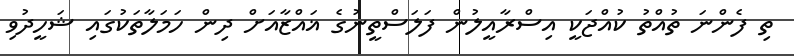
ތި ފެންނަ ތުއްތު ކުއްޖަކީ އިސްރާއީލުން ފަލަސްތީނުގެ ޣައްޒާއަށް ދިން ހަމަލާތަކުގައި ޝަހީދުވި